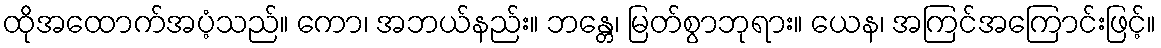
ထိုအထောက်အပံ့သည်။ ကော၊ အဘယ်နည်း။ ဘန္တေ၊ မြတ်စွာဘုရား။ ယေန၊ အကြင်အကြောင်းဖြင့်။